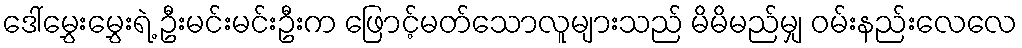
ဒေါ်မွှေးမွှေးရဲ့ ဦးမင်းမင်းဦးက ဖြောင့်မတ်သောလူများသည် မိမိမည်မျှ ဝမ်းနည်းလေလေ